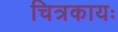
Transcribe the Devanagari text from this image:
चित्रकायः